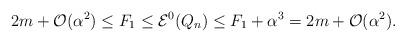
LaTeX: \begin{align*} 2m+\mathcal{O}(\alpha^2)\le F_1\le \mathcal{E}^0_{}(Q_n)\le F_1+\alpha^3=2m+\mathcal{O}(\alpha^2).\end{align*}